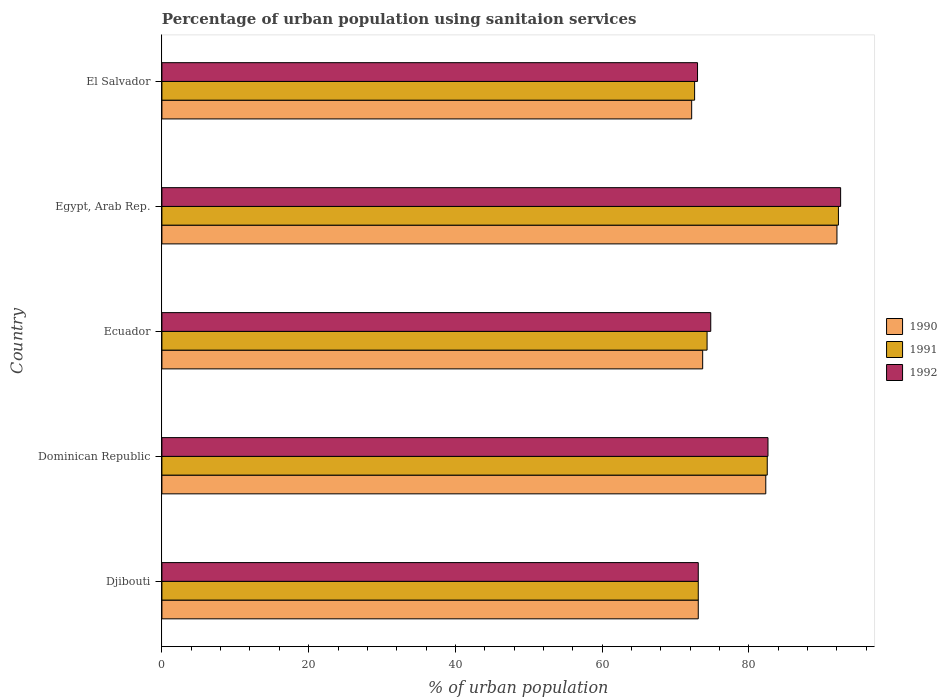
| Country | 1990 | 1991 | 1992 |
 | --- | --- | --- | --- |
 | Djibouti | 73.1 | 73.1 | 73.1 |
 | Dominican Republic | 82.3 | 82.5 | 82.6 |
 | Ecuador | 73.7 | 74.3 | 74.8 |
 | Egypt, Arab Rep. | 92 | 92.2 | 92.5 |
 | El Salvador | 72.2 | 72.6 | 73 |